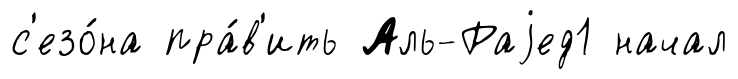
с'езо́на пра́в'ить Аль-Раjед1 начал